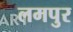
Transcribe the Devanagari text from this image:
लमपुर